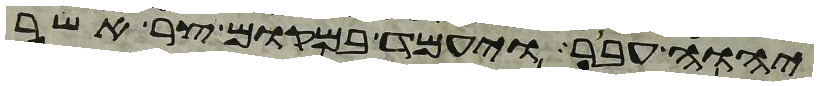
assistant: יהוה עבר ויעמד במקום צר אשר